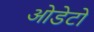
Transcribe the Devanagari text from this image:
ओडेटो